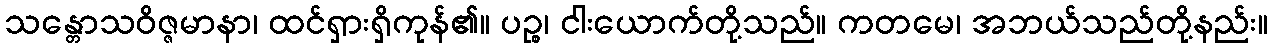
သန္တောသဝိဇ္ဇမာနာ၊ ထင်ရှားရှိကုန်၏။ ပဉ္စ၊ ငါးယောက်တို့သည်။ ကတမေ၊ အဘယ်သည်တို့နည်း။